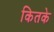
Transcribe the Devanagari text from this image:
कितके